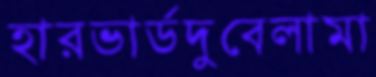
হারভার্ডদুবেলামা